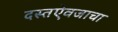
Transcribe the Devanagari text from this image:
दस्तऐवजाचा